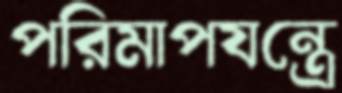
পরিমাপযন্ত্রে